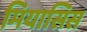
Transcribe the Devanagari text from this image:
मियासिस